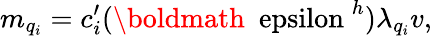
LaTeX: m_{q_{i}}=c_{i}^{\prime}({\mathrm{\boldmath~\ epsilon~}}^{h})\lambda_{q_{i}}v,